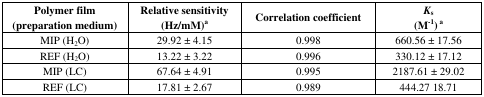
| Polymer film (preparation medium) | Relative sensitivity (Hz/mM)a | Correlation coefficient | Ks (M-1) a |
 | --- | --- | --- | --- |
 | MIP (H2O) | 29.92 ± 4.15 | 0.998 | 660.56 ± 17.56 |
 | REF (H2O) | 13.22 ± 3.22 | 0.996 | 330.12 ± 17.12 |
 | MIP (LC) | 67.64 ± 4.91 | 0.995 | 2187.61 ± 29.02 |
 | REF (LC) | 17.81 ± 2.67 | 0.989 | 444.27 18.71 |